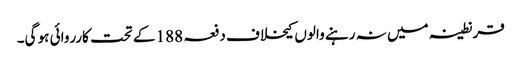
قرنطینہ میں نہ رہنے والوں کیخلاف دفعہ 188 کے تحت کارروائی ہو گی۔